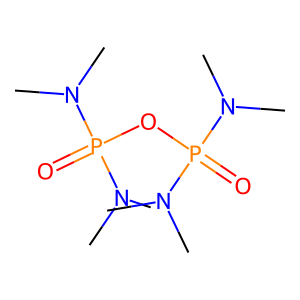
SMILES: CN(C)P(=O)(OP(=O)(N(C)C)N(C)C)N(C)C
Inhibits HIV replication: No